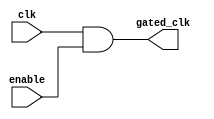
module clock_gating_cell (
    input wire clk,            // Main clock signal
    input wire enable,         // Clock enable signal
    output wire gated_clk      // Gated clock output
);
    assign gated_clk = clk & enable; // Gating logic
endmodule